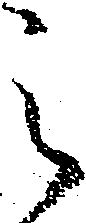
之